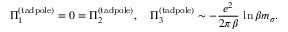
\Pi _ { 1 } ^ { ( \mathrm { t a d p o l e } ) } = 0 = \Pi _ { 2 } ^ { ( \mathrm { t a d p o l e } ) } , \quad \Pi _ { 3 } ^ { ( \mathrm { t a d p o l e } ) } \sim - \frac { e ^ { 2 } } { 2 \pi \beta } \, \ln \beta m _ { \sigma } .